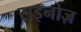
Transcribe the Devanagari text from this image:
राइनोज़